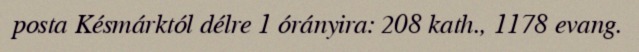
posta Késmárktól délre 1 órányira: 208 kath., 1178 evang.